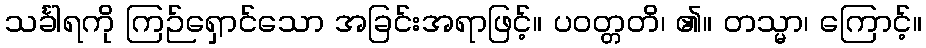
သင်္ခါရကို ကြဉ်ရှောင်သော အခြင်းအရာဖြင့်။ ပဝတ္တတိ၊ ၏။ တသ္မာ၊ ကြောင့်။